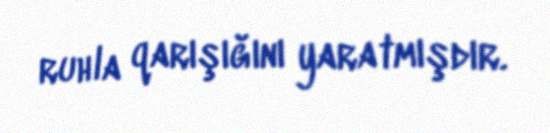
ruhla qarışığını yaratmışdır.